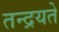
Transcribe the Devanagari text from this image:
तन्द्रयते